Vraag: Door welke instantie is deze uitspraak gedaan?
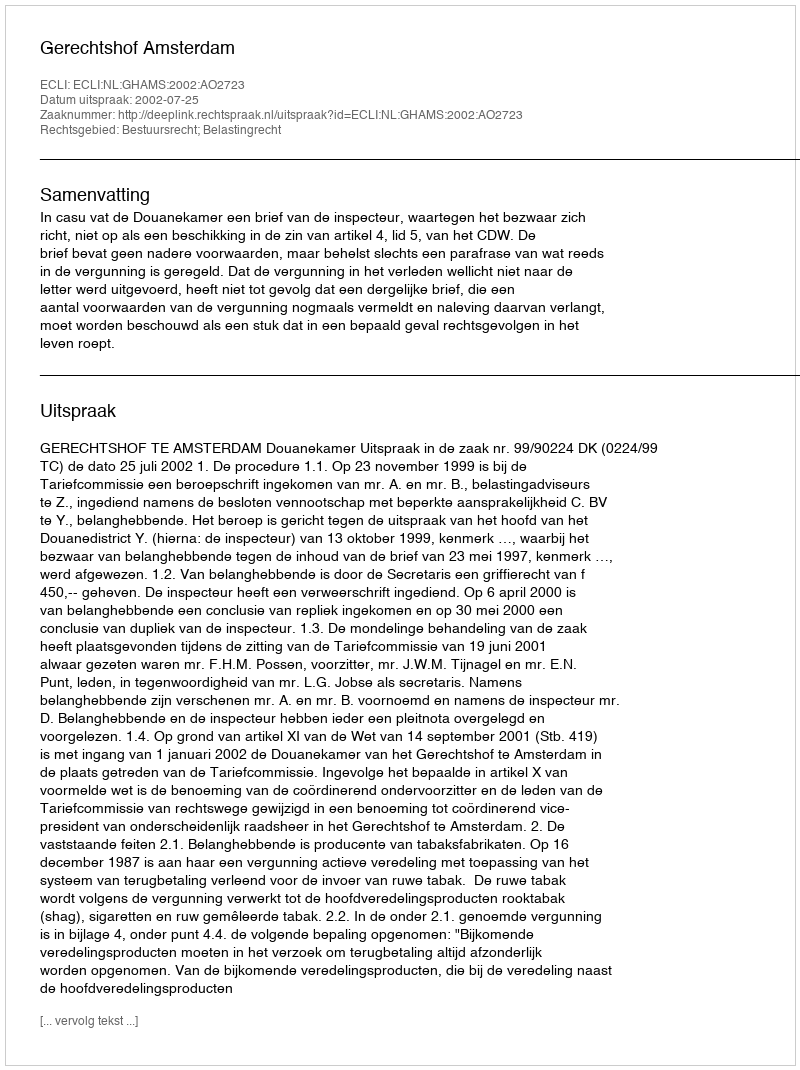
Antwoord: Gerechtshof Amsterdam